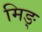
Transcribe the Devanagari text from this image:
मिङ्